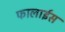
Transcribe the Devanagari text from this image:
फालाईस